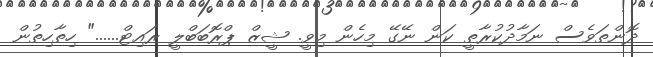
ދޮންތަވެސް ނަމާދުކުރާތީ ކަން ނޭގޭ މިހެން މިވީ. ޝީޒް ޕްރޮބަބްލީ ރައިޓް......" ހިތާހިތުން